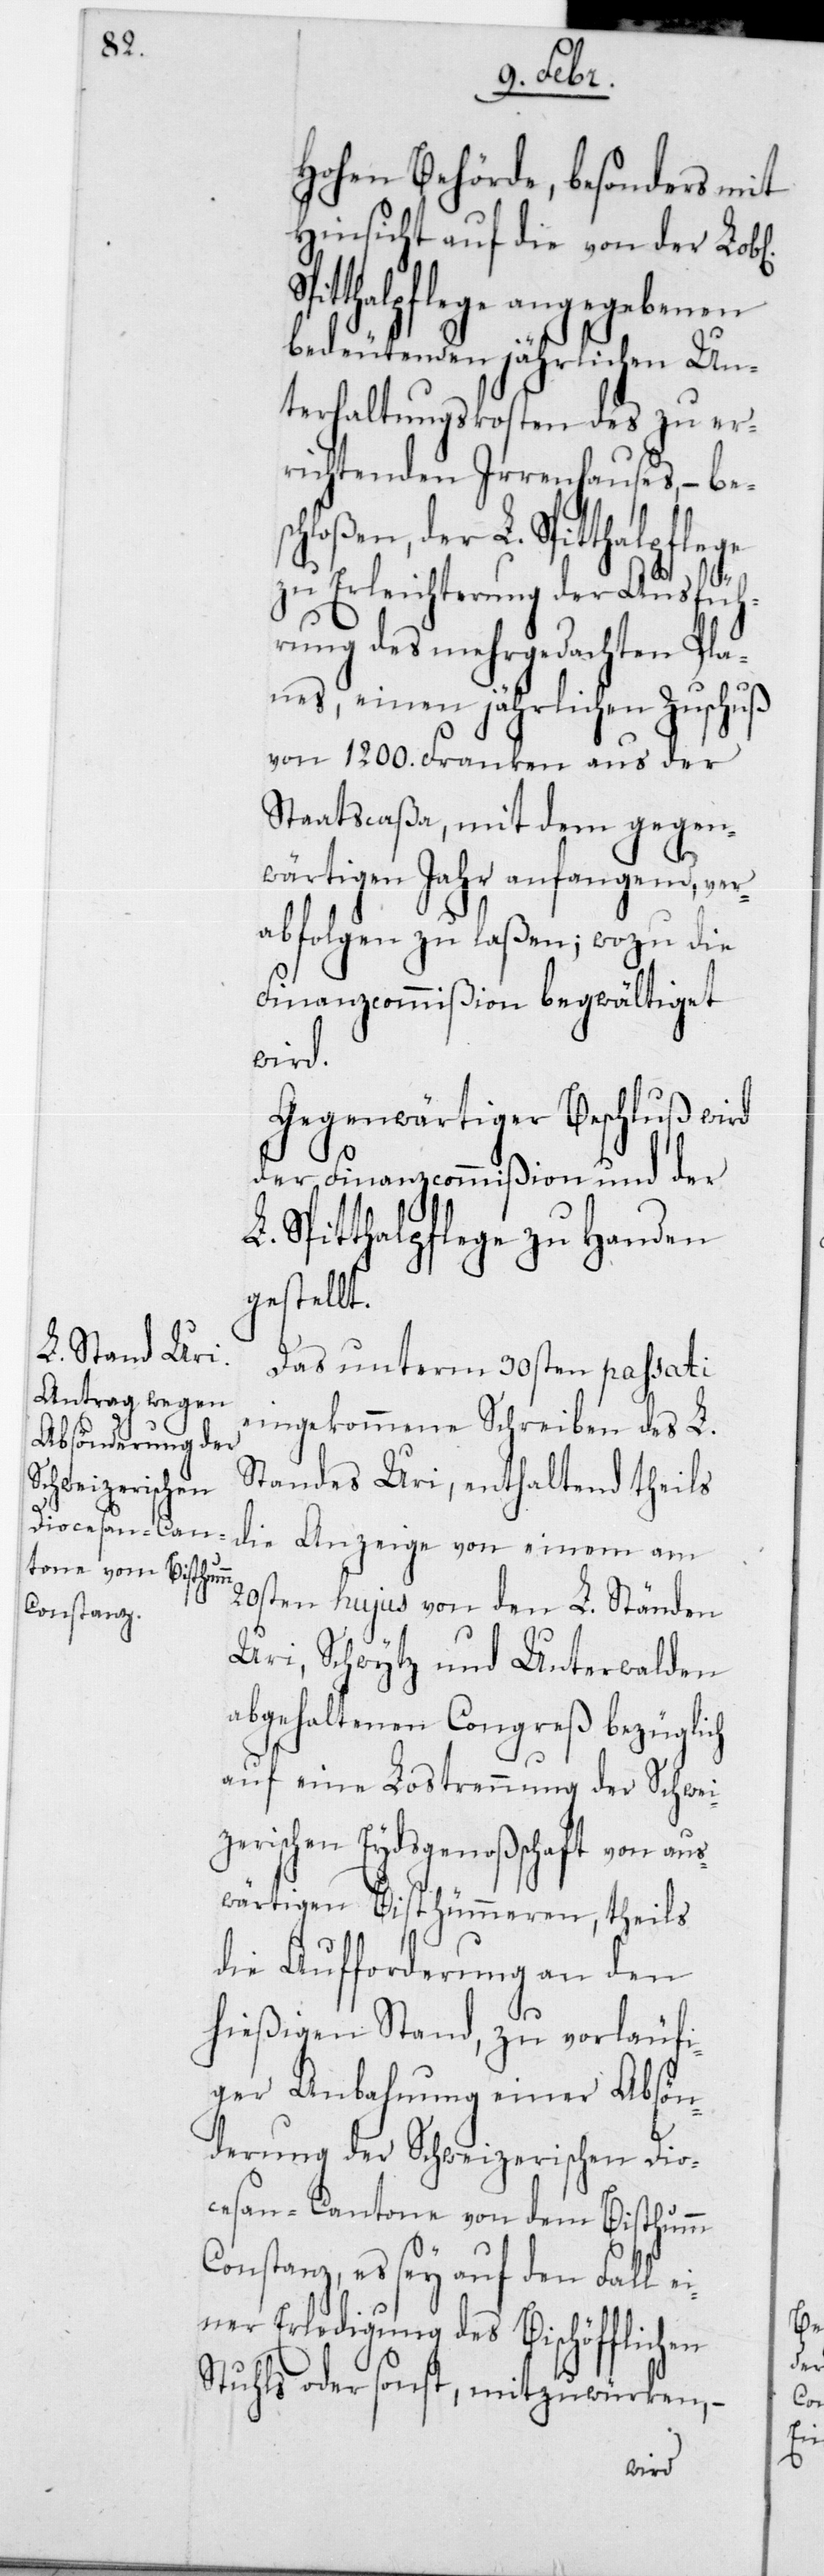
hohen Behörde, besonders mit
Hinsicht auf die von der Lobl.
itthalpflege angegebenen
bedeutenden jährlichen Un¬
terhaltungskosten des zu er¬
richtenden Irrenhauses, – be¬
hloßen, der L. Spitthalpflege
C¬
zu Erleichterung der Ausfüh¬
rung des mehrgedachten Pla¬
nes, einen jährlichen Zuschuß
von 1200 Franken aus der
Staatscaßa, mit dem gegen¬
wärtigen Jahr anfangend, ver¬
abfolgen zu laßen; wozu die
Finanzcommißion begwältiget
wird.
Gegenwärtiger Beschluß wird
der Finanzcommißion und der
Spitthalpflege zu Handen
gestellt.
Das unterm 30sten passati
eingekommene Schreiben des L.
Standes Uri, enthaltend theils
die Anzeige von einem am
20sten hujus von den L. Ständen
Uri, Schwytz und Unterwalden
abgehaltenen Congreß bezüglich
auf eine Lostrennung der Schwei¬
zerischen Eydsgenoßenschaft von aus¬
wärtigen Bisthümmeren, theils
die Aufforderung an den
hießigen Stand, zu vorläufi¬
ger Anbahnung einer Absön¬
derung der Schweizerischen Dio¬
cesan-Cantone von dem Bisthum
onstanz, es sey auf den Fall
einer Erledigung des Bischöfflichen
Stuhls oder sonst, mitzuwürken, –